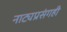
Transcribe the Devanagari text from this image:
नाट्यप्रसंगही